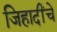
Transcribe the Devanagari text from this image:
जिहादींचे